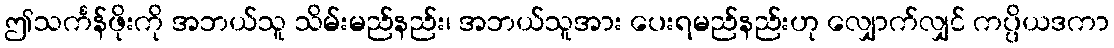
ဤသင်္ကန်ဖိုးကို အဘယ်သူ သိမ်းမည်နည်း၊ အဘယ်သူအား ပေးရမည်နည်းဟု လျှောက်လျှင် ကပ္ပိယဒကာ